Trukikaitis_Postimees, lk 87
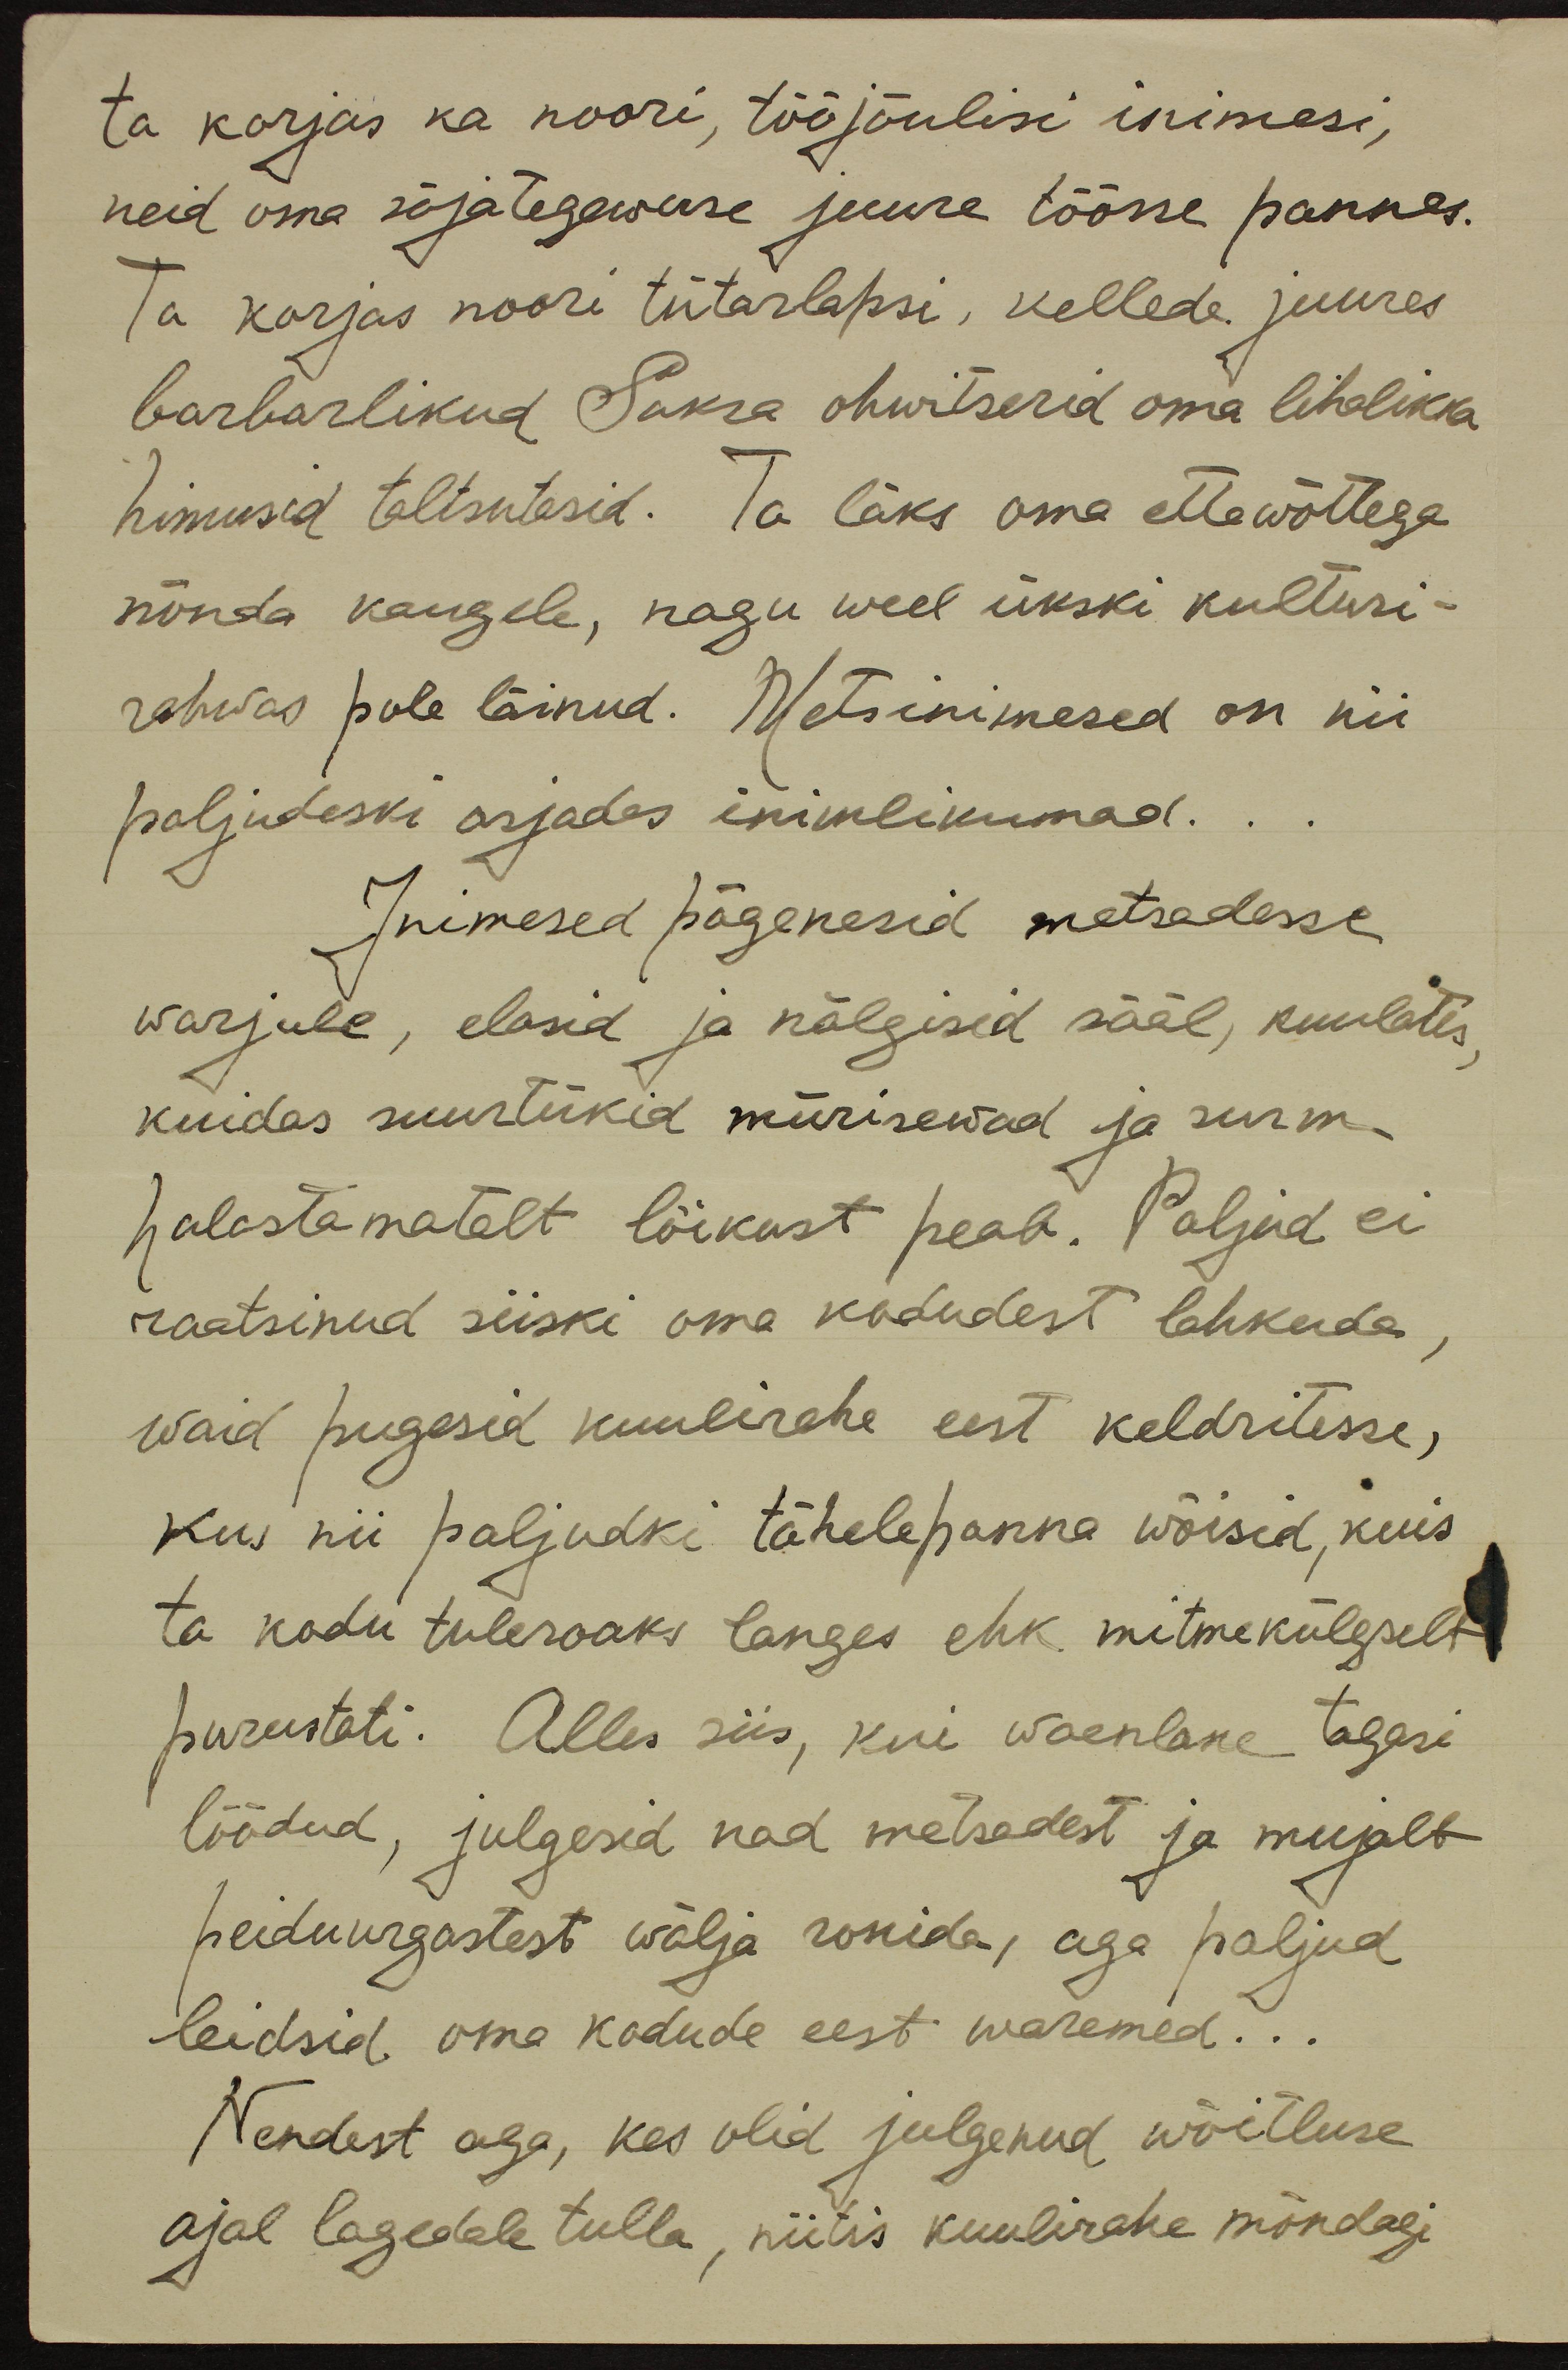
ta korjas ka noori, tööjõulisi inimesi,
neid oma sõjategewuse juure töösse pannes.
Ta korjas noori tütarlapsi, kellede juures
barbarlikud Saksa ohwitserid oma lihalikka
himused taltsutasid. Ta läks oma ettewõttega
nõnda kaugele, nagu weel ükski kulturi-
rahwas pole läinud. Metsinimesed on nii
paljudeski asjades inimlikumad...
Inimesed põgenesid metsadesse
warjule, elasid ja nälgisid sääl, kuulates,
kuidas suurtükid mürisewad ja surm
halastamatalt lõikust peab. Paljud ei
raatsinud siiski oma kodudest lahkuda,
waid pugesid kuulirahe eest keldritesse,
kus nii paljudki tähelepanna wõisid, kuis
ta kodu tuleroaks langes ehk mitmekülgselt
purustati. Alles siis, kui waenlane tagasi
löödud, julgesid nad metsadest ja mujalt
peiduurgastest wälja ronida, aga paljud
leidsid oma kodude eest waremed...
Nendest aga, kes olid julgenud wõitluse
ajal lagedale tulla, niitis kuulirahe mõndagi